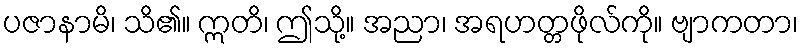
ပဇာနာမိ၊ သိ၏။ ဣတိ၊ ဤသို့။ အညာ၊ အရဟတ္တဖိုလ်ကို။ ဗျာကတာ၊